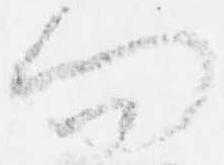
問